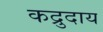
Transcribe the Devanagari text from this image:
कद्रुदाय